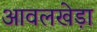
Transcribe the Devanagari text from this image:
आवलखेड़ा